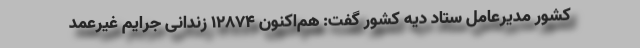
کشور مدیرعامل ستاد دیه کشور گفت: هم‌اکنون ۱۲۸۷۴ زندانی جرایم غیرعمد